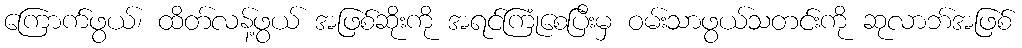
ကြောက်ဖွယ်၊ ထိတ်လန့်ဖွယ် အဖြစ်ဆိုးကို အရင်ကြုံစေပြီးမှ ဝမ်းသာဖွယ်သတင်းကို ဆုလာဘ်အဖြစ်